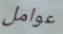
عوامل